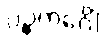
ပဉ္စကင်္ဂေါ